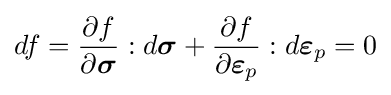
df={\frac {\partial f}{\partial {\boldsymbol {\sigma }}}}:d{\boldsymbol {\sigma }}+{\frac {\partial f}{\partial {\boldsymbol {\varepsilon }}_{p}}}:d{\boldsymbol {\varepsilon }}_{p}=0